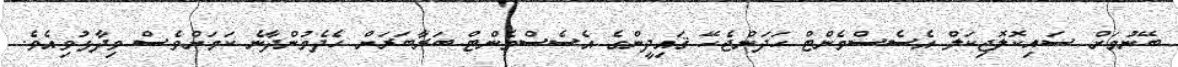
ބޭނުމަށް ސައިކޮލޮޖިކަލް އެސެސްމެންޓް ހަދަންޖެހޭ ޤައިދީންގެ އެސެސްމެންޓް ބަރާބަރަށް ހެދެމުންދާނެ ކަމަށްވެސް ވިދާޅުވިއެވެ.